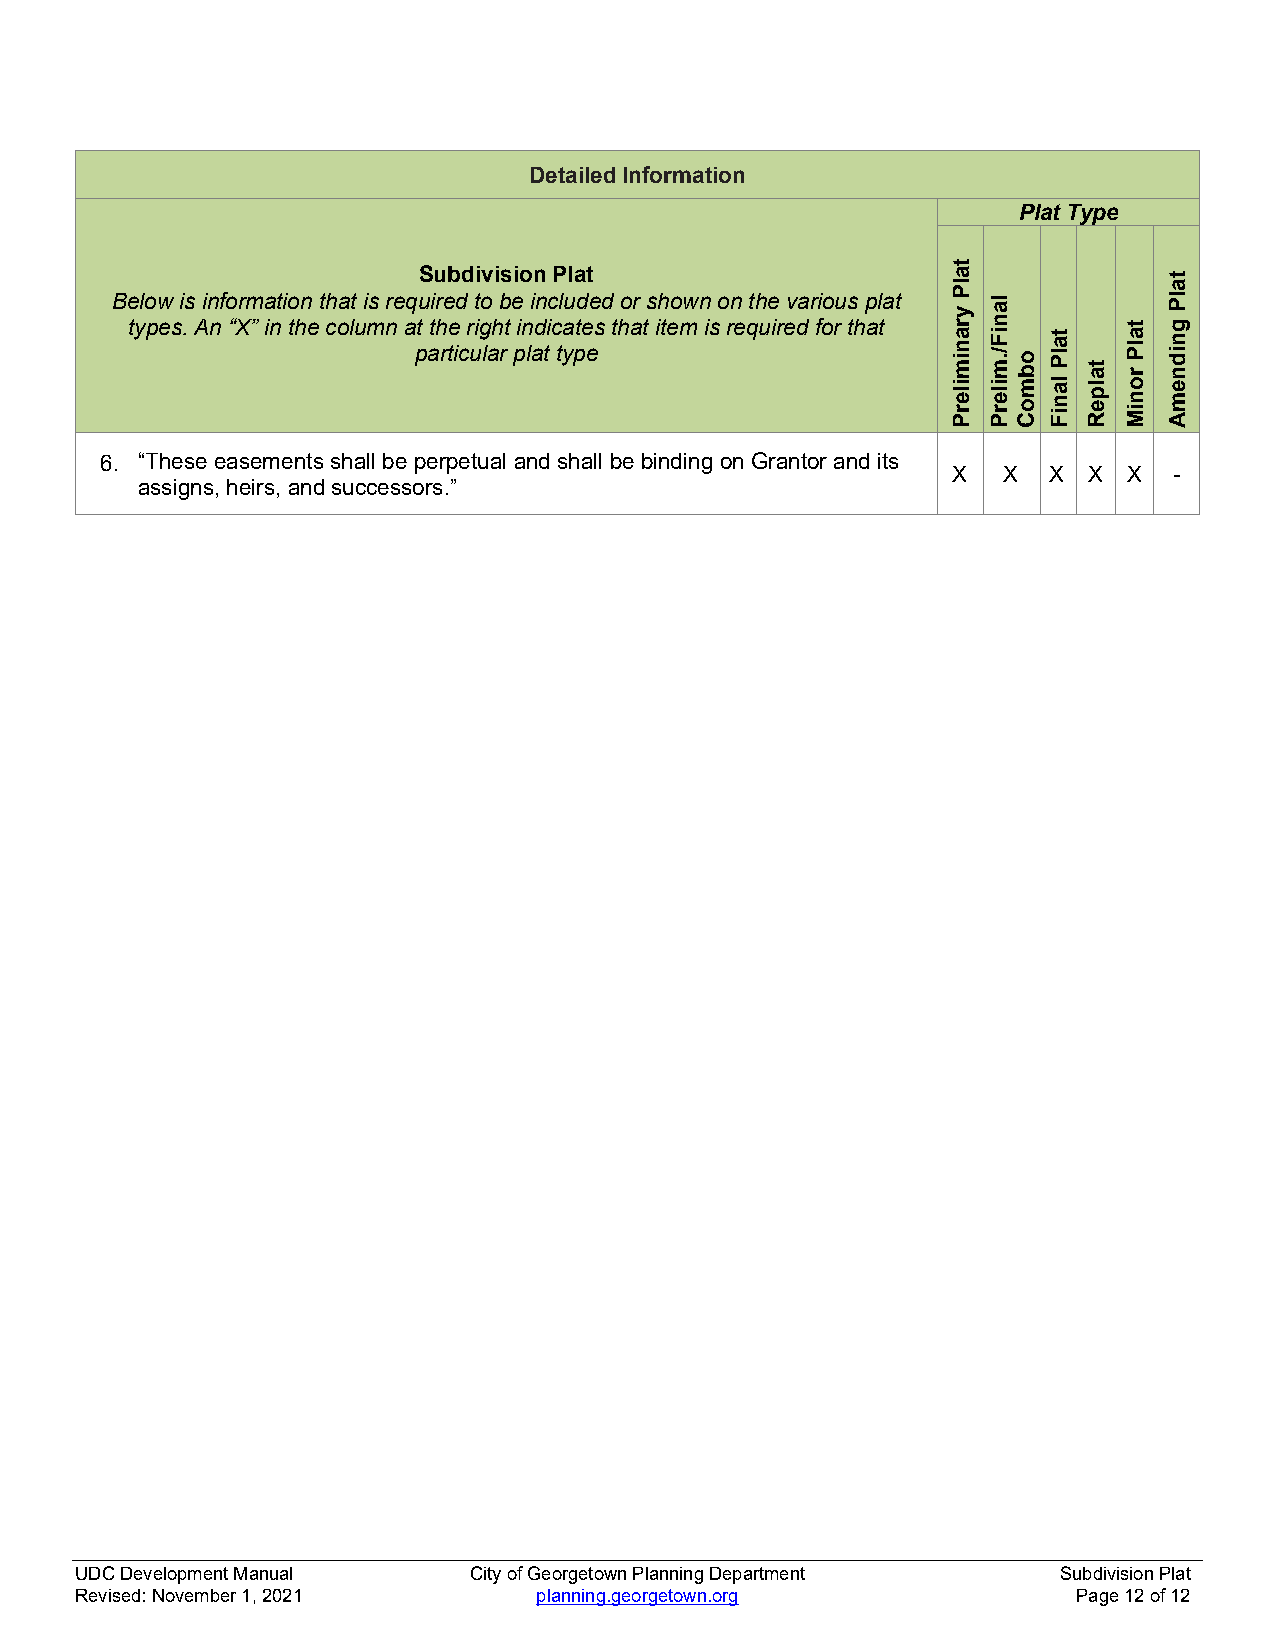
Detailed Information
 Plat Type
 Subdivision Plat
 Below is information that is required to be included or shown on the various plat
 types. An “X” in the column at the right indicates that item is required for that
 particular plat type
 6. “These easements shall be perpetual and shall be binding on Grantor and its
 X  X  X  X  X  -
 assigns, heirs, and successors.”
 UDC Development Manual    City of Georgetown Planning Department Subdivision Plat
 Revised: November 1, 2021      planning.georgetown.org            Page 12 of 12
 talP
 yranimilerP
 laniF/.milerP
 obmoC
 talP
 laniF
 talpeR
 talP
 roniM
 talP
 gnidnemA